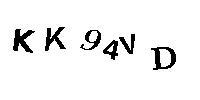
KK94VD